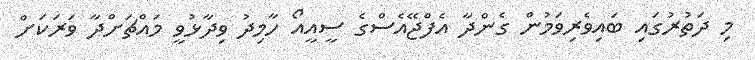
މި ދަތުރުގައި ބައިވެރިވަމުން ގެންދާ އެފްޖޭއެސްގެ ސީއީއޯ ހާމިދު ވިދާޅުވީ މައްޗަށްދާ ވަރަކަށް